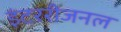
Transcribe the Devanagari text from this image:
इंटररीजनल